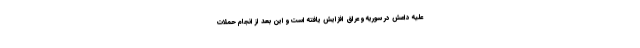
علیه داعش در سوریه و عراق افزایش یافته است و این بعد از انجام حملات